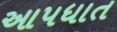
આપધાત